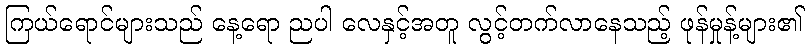
ကြယ်ရောင်များသည် နေ့ရော ညပါ လေနှင့်အတူ လွင့်တက်လာနေသည့် ဖုန်မှုန့်များ၏